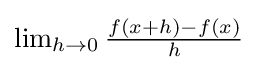
{\textstyle \lim _{h\rightarrow 0}{\frac {f(x+h)-f(x)}{h}}}